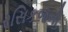
રસિકજનો